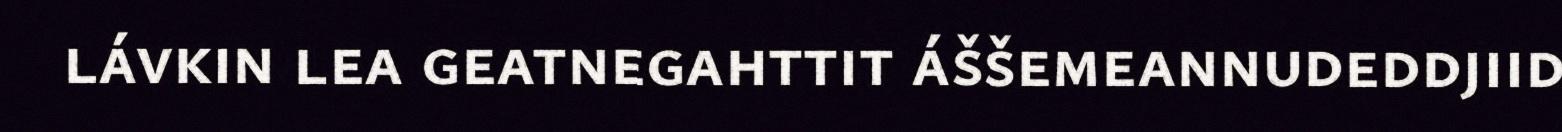
lávkin lea geatnegahttit áššemeannudeddjiid